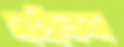
সাইলেন্স